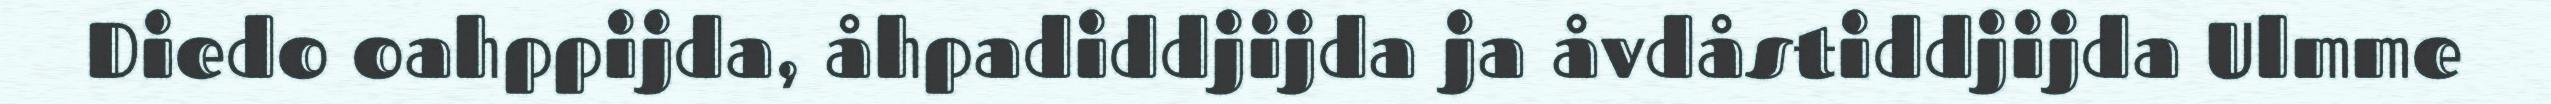
Diedo oahppijda, åhpadiddjijda ja åvdåstiddjijda Ulmme